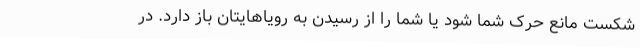
شکست مانع حرک شما شود یا شما را از رسیدن به رویاهایتان باز دارد. در